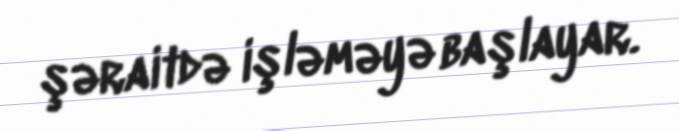
şəraitdə işləməyə başlayar.